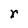
Character: r